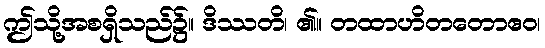
ဤသို့အစရှိသည်၌။ ဒိဿတိ၊ ၏။ တထာဟိတတောဧဝ၊